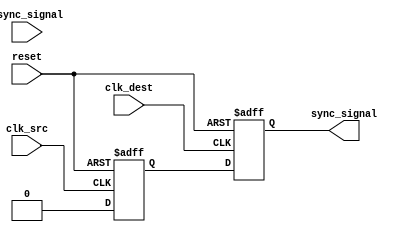
module pulsed_synchronizer (
    input wire async_signal,      // Asynchronous input signal
    input wire clk_src,           // Source clock
    input wire clk_dest,          // Destination clock
    input wire reset,             // Asynchronous reset
    output reg sync_signal        // Synchronized output signal
);

    // Internal signals
    reg async_signal_ff;          // First flip-flop output
    reg pulse;                    // Pulse generation signal

    // First stage: Sample async_signal on clk_src
    always @(posedge clk_src or posedge reset) begin
        if (reset) begin
            async_signal_ff <= 1'b0;
        end else begin
            async_signal_ff <= async_signal;
        end
    end

    // Pulse generation logic
    always @(posedge clk_src or posedge reset) begin
        if (reset) begin
            pulse <= 1'b0;
        end else begin
            // Generate a pulse on the rising edge of async_signal_ff
            pulse <= async_signal_ff & ~async_signal_ff; // This will create a pulse
        end
    end

    // Second stage: Sample pulse on clk_dest
    always @(posedge clk_dest or posedge reset) begin
        if (reset) begin
            sync_signal <= 1'b0;
        end else begin
            sync_signal <= pulse;
        end
    end

endmodule